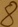
Text: 8